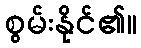
စွမ်းနိုင်၏။